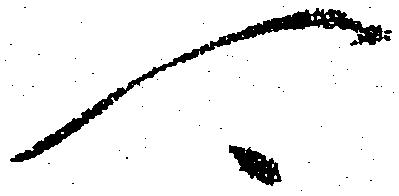
可